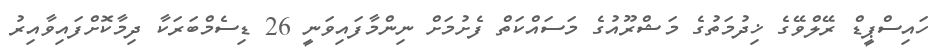
ހައިސްޕީޑް ރޭލްވޭގެ ޚިދުމަތުގެ މަޝްރޫއުގެ މަސައްކަތް ފެށުމަށް ނިންމާފައިވަނީ 26 ޑިސެމްބަރަކާ ދިމާކޮށްފައިވާއިރު